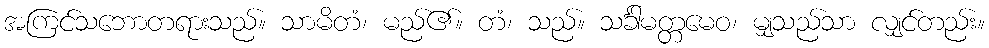
အကြင်သဘောတရားသည်။ သာမိတံ၊ မည်၏။ တံ၊ သည်။ သင်္ခါမတ္တမေဝ၊ မျှသည်သာ လျှင်တည်း။